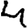
Digit: 4